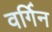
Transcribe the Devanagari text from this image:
वर्गिन